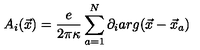
A _ { i } ( \vec { x } ) = \frac { e } { 2 \pi \kappa } \sum _ { a = 1 } ^ { N } \partial _ { i } a r g ( \vec { x } - \vec { x } _ { a } )